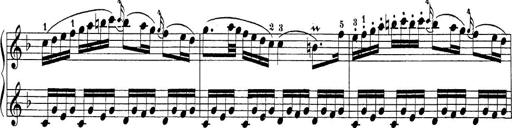
Title: Sonatina Album
Composer: Louis KÃ¶hler